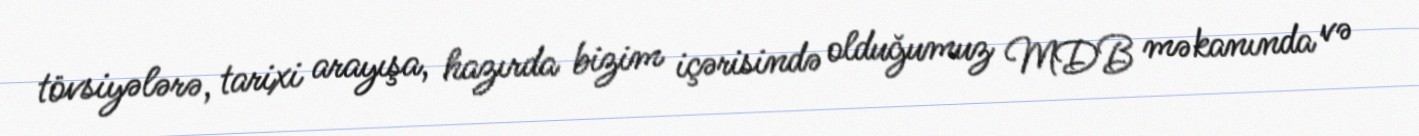
tövsiyələrə, tarixi arayışa, hazırda bizim içərisində olduğumuz MDB məkanında və